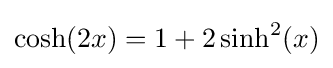
\cosh(2x)=1+2\sinh ^{2}(x)